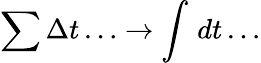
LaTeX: \sum\Delta t\ldots\rightarrow\int\, dt\ldots